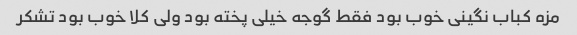
مزه کباب نگینی خوب بود فقط گوجه خیلی پخته بود ولی کلا خوب بود تشکر